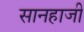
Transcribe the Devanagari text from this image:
सानहाजी